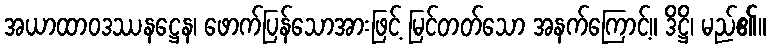
အယာထာဝဒဿနဋ္ဌေန၊ ဖောက်ပြန်သောအားဖြင့် မြင်တတ်သော အနက်ကြောင့်။ ဒိဋ္ဌိ၊ မည်၏။